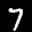
Label: 7